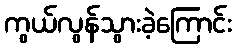
ကွယ်လွန်သွားခဲ့ကြောင်း